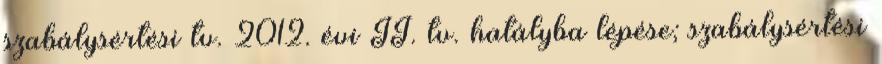
szabálysértési tv. 2012. évi II. tv. hatályba lépése; szabálysértési